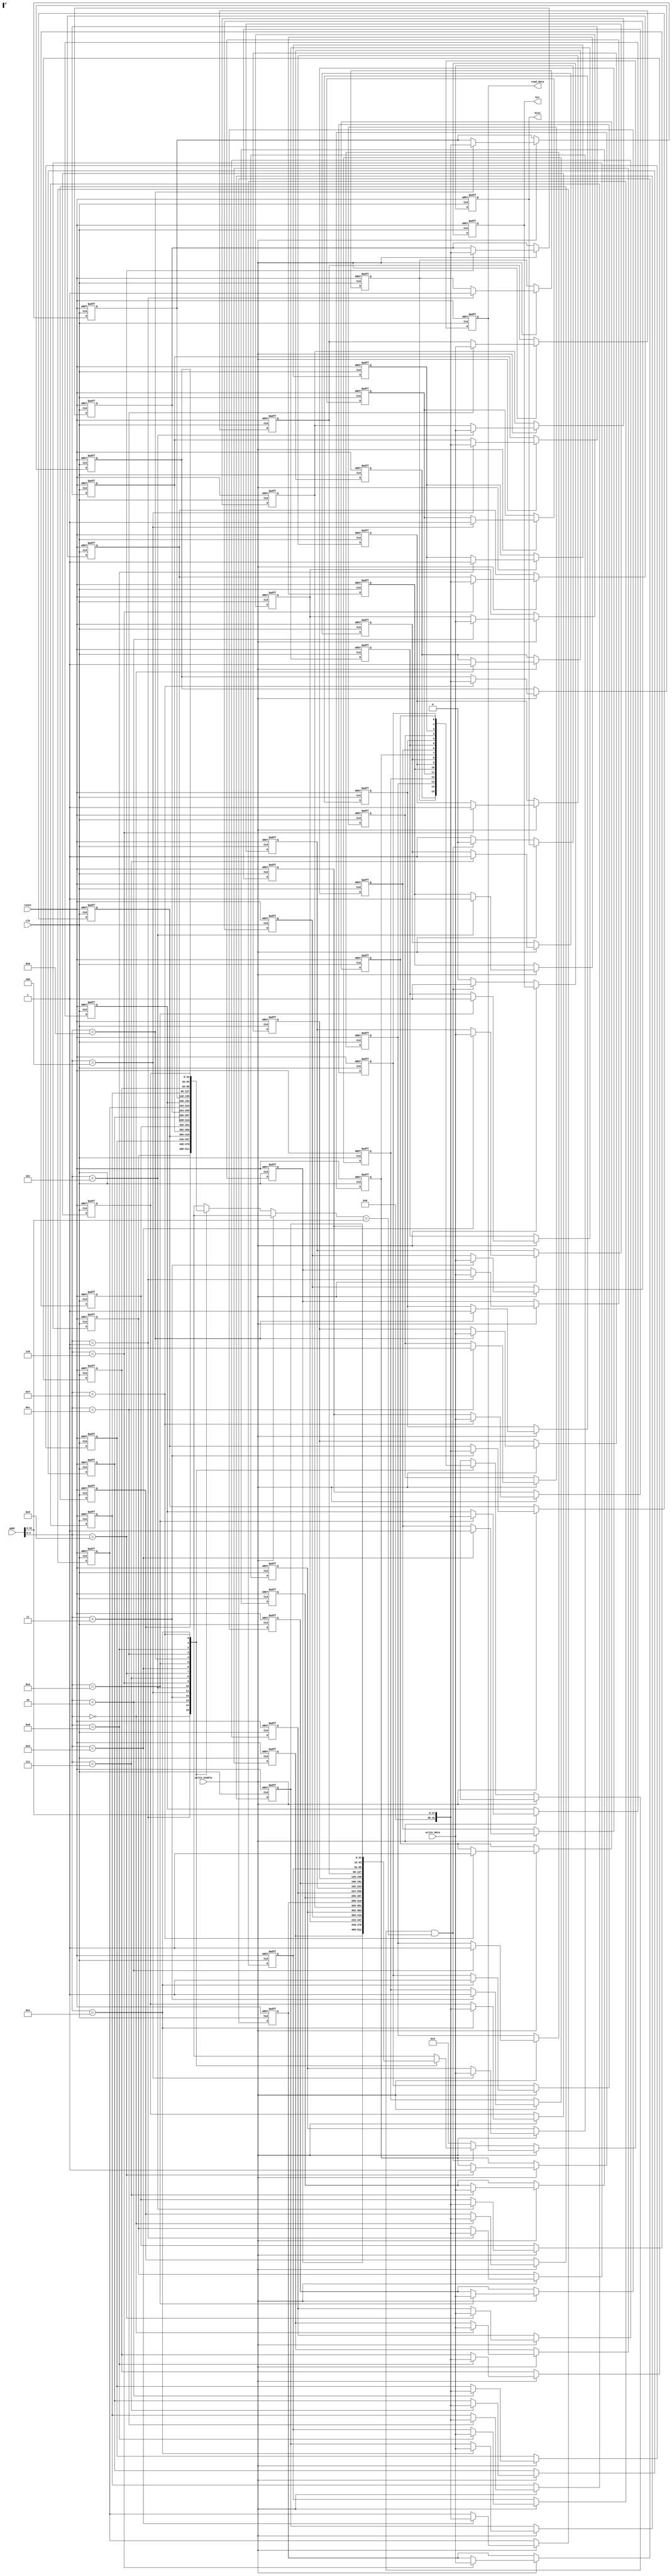
module direct_mapped_cache #(
    parameter BLOCK_SIZE = 4,  // Number of bytes in each block
    parameter CACHE_SIZE = 16   // Total number of cache lines (in blocks)
)(
    input wire clk,
    input wire reset,
    input wire [31:0] addr,         // 32-bit address input
    input wire write_enable,         // Write enable signal
    input wire [31:0] write_data,    // Data to write when write_enable is high
    output reg [31:0] read_data,      // Data read from cache
    output reg hit,                   // Hit signal
    output reg miss                   // Miss signal
);

    // Cache line structure
    reg valid [0:CACHE_SIZE-1];
    reg [31:0] tag [0:CACHE_SIZE-1];
    reg [31:0] data [0:CACHE_SIZE-1];

    // Cache indexing
    wire [3:0] index; // Assuming CACHE_SIZE is 16, so 4 bits for index
    wire [27:0] tag_in; // Remaining bits for tag (32-4=28)
    wire [3:0] offset; // Offset within block (not used in the current control logic)

    assign index = addr[3:0];       // Index bits (4 bits for 16 lines)
    assign tag_in = addr[31:4];     // Tag bits (upper 28 bits)
    assign offset = addr[3:0];      // Lower 2 bits (not used)

    // Initial reset of the cache
    integer i;
    always @(posedge clk or posedge reset) begin
        if (reset) begin
            for (i = 0; i < CACHE_SIZE; i = i + 1) begin
                valid[i] <= 0;        // Invalidate all cache lines
                tag[i] <= 0;          // Clear tags
                data[i] <= 0;         // Clear data
            end
            hit <= 0;
            miss <= 0;
            read_data <= 0;
        end else begin
            if (write_enable) begin
                // Write operation
                valid[index] <= 1;           // Set valid bit
                tag[index] <= tag_in;        // Update tag
                data[index] <= write_data;   // Write data
            end else begin
                // Read operation
                if (valid[index] && (tag[index] == tag_in)) begin
                    // Cache hit
                    read_data <= data[index];
                    hit <= 1;                 // Hit signal is high
                    miss <= 0;                // Miss signal is low
                end else begin
                    // Cache miss
                    read_data <= 32'b0;       // Data can be set to zero or a specific value
                    hit <= 0;                 // Hit signal is low
                    miss <= 1;                // Miss signal is high
                end
            end
        end
    end

endmodule